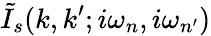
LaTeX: \tilde{I}_{s}(k,k^{\prime};i\omega_{n},i\omega_{n^{\prime}})